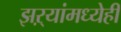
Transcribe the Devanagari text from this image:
झऱ्यांमध्येही